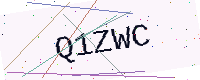
Text: Q1ZWC